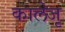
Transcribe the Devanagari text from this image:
कालेजृ